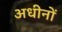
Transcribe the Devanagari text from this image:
अधीनों